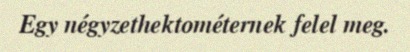
Egy négyzethektométernek felel meg.